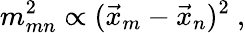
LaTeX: m_{mn}^{2}\propto(\vec{x}_{m}-\vec{x}_{n})^{2}\ ,